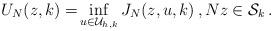
LaTeX: \begin{align*}U_N(z,k) =& \inf_{u \in \mathcal{U}_{h,k}} J_N(z,u, k)\,, Nz \in \mathcal{S}_k\,.\end{align*}